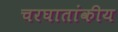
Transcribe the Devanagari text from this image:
चरघातांकीय